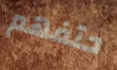
حتفهم